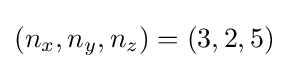
(n_{x},n_{y},n_{z})=(3,2,5)